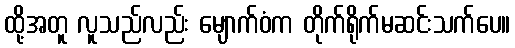
ထို့အတူ လူသည်လည်း မျောက်ဝံက တိုက်ရိုက်မဆင်းသက်ပေ။